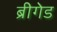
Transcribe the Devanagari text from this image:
ब्रीगेड